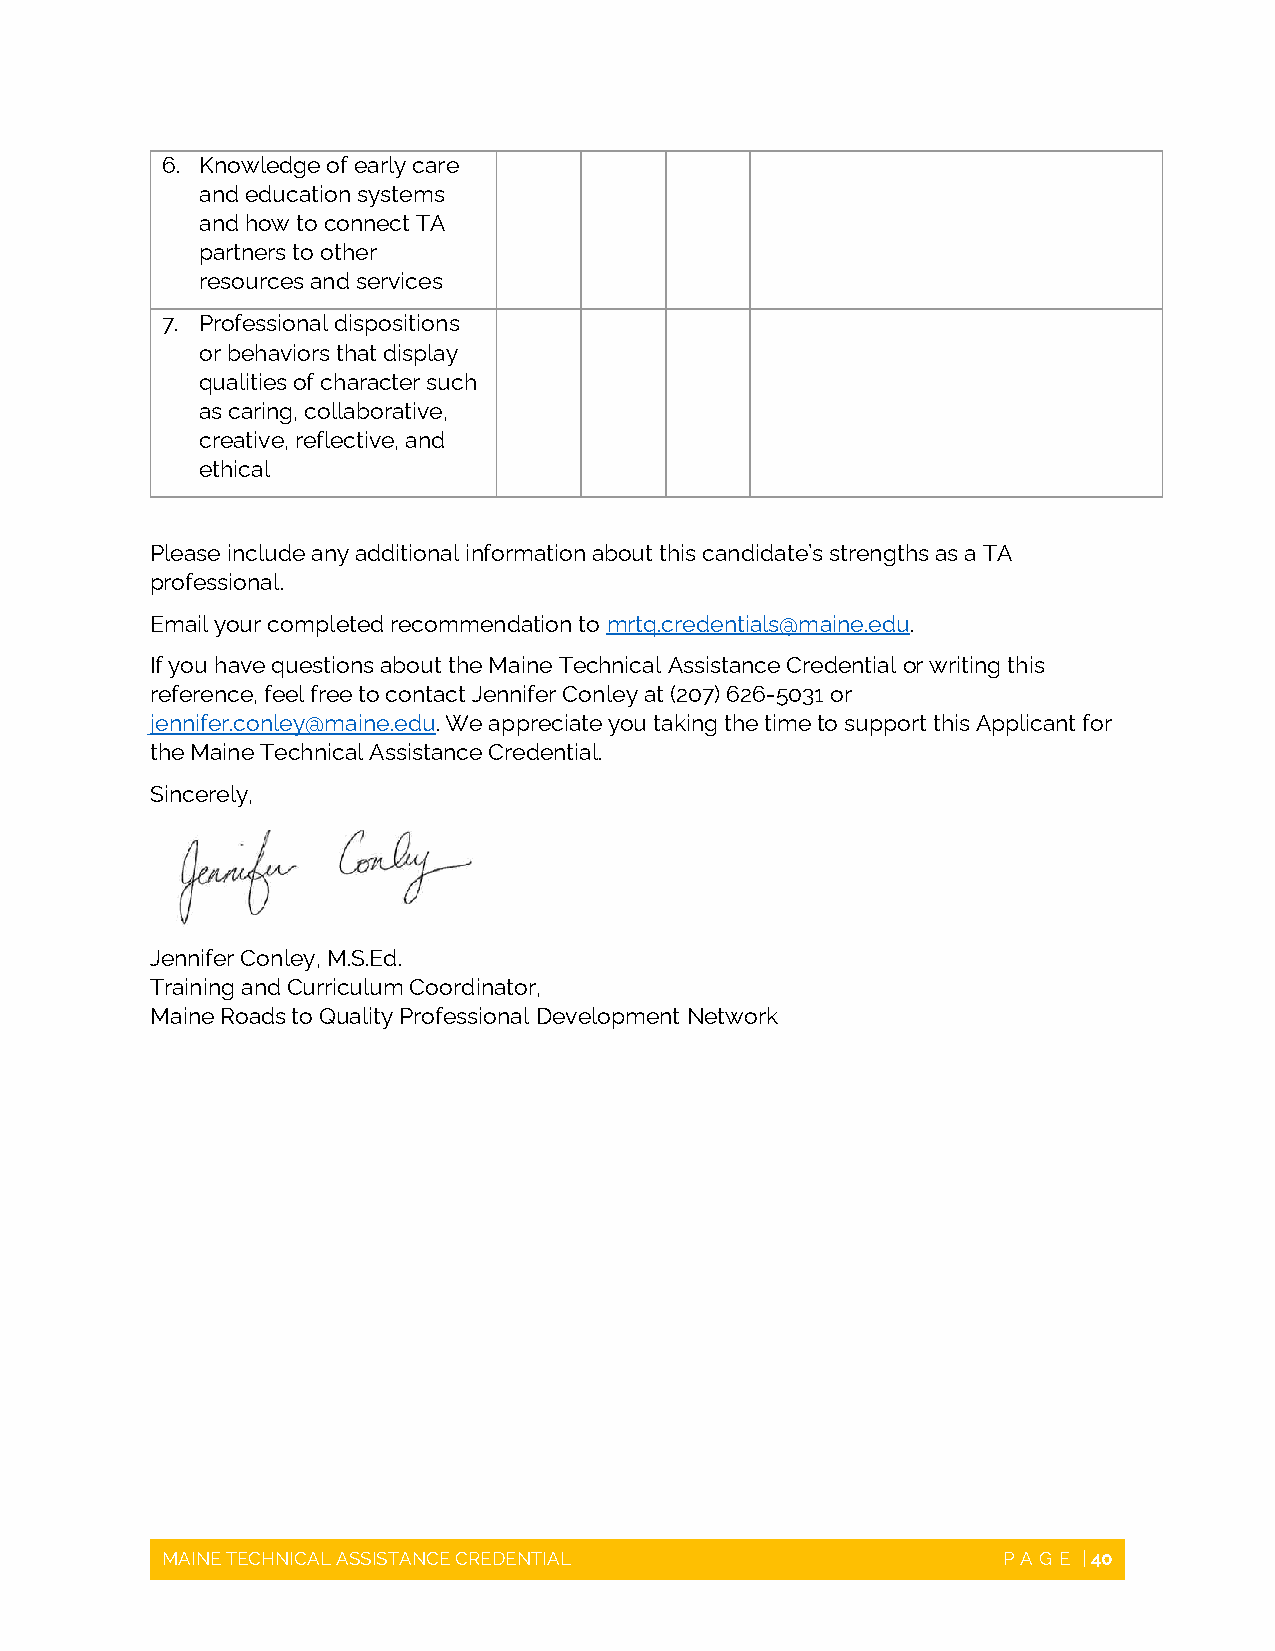
6. Knowledge of early care
 and education systems
 and how to connect TA
 partners to other
 resources and services
 7. Professional dispositions
 or behaviors that display
 qualities of character such
 as caring, collaborative,
 creative, reflective, and
 ethical
 Please include any additional information about this candidate’s strengths as a TA
 professional.
 Email your completed recommendation to mrtq.credentials@maine.edu.
 If you have questions about the Maine Technical Assistance Credential or writing this
 reference, feel free to contact Jennifer Conley at (207) 626-5031 or
 jennifer.conley@maine.edu. We appreciate you taking the time to support this Applicant for
 the Maine Technical Assistance Credential.
 Sincerely,
 Jennifer Conley, M.S.Ed.
 Training and Curriculum Coordinator,
 Maine Roads to Quality Professional Development Network
 MAINE TECHNICAL
 MAINE TECHNICAL ASSISTANCE CREDENTIAL                  PAGE  | 40